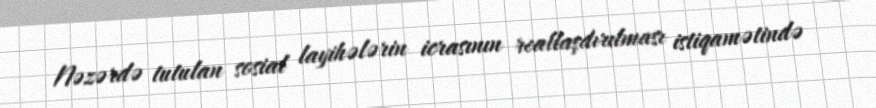
Nəzərdə tutulan sosial layihələrin icrasının reallaşdırılması istiqamətində